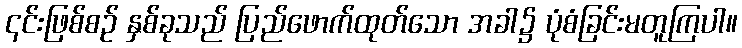
၎င်းဖြစ်စဉ် နှစ်ခုသည် ပြည်ဖောက်ထုတ်သော အခါ၌ ပုံစံခြင်းမတူကြပါ။